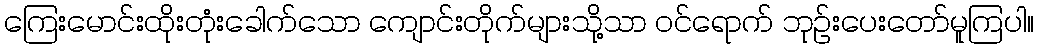
ကြေးမောင်းထိုးတုံးခေါက်သော ကျောင်းတိုက်များသို့သာ ဝင်ရောက် ဘုဉ်းပေးတော်မူကြပါ။